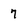
Character: 7